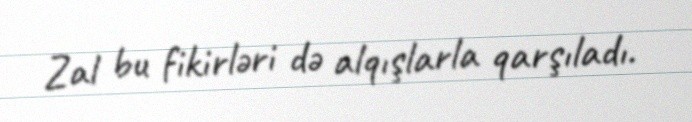
Zal bu fikirləri də alqışlarla qarşıladı.